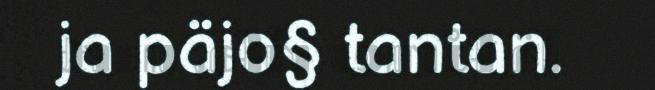
ja päjo§ tantan.